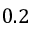
0 . 2